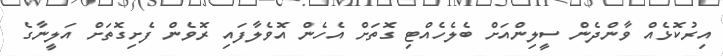
އިރުކޮޅެއް ވާންދެން ސީލިންއަށް ބެލެހެއްޓި ގޮތަށް އެހެން އޮވެލާފައި ރޮވެން ފެށިގޮތަށް އަލީނާގެ